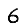
Digit: 6